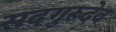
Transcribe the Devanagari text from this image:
सदगुरूदेव